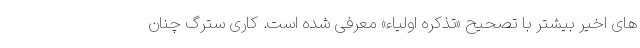
های اخیر بیشتر با تصحیح «تذکره اولیاء» معرفی شده است. کاری سترگ چنان